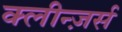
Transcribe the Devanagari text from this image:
क्लीन्ज़र्स